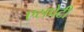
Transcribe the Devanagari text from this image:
एसप्रेटी